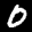
Label: 0